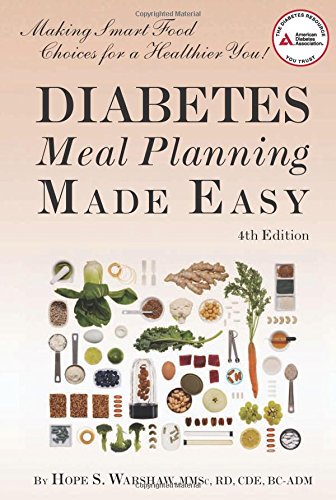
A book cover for Diabetes Meal Planning Made Easy; Hope S. Warshaw R.D.; Cookbooks, Food & Wine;